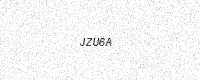
Text: JZU6A